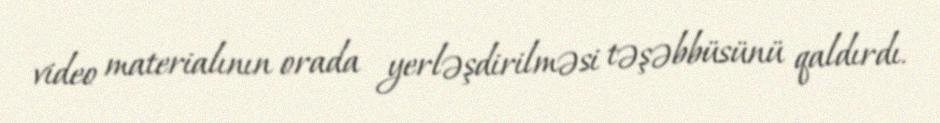
video materialının orada yerləşdirilməsi təşəbbüsünü qaldırdı.